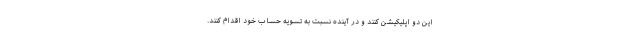
این دو اپلیکیشن کنند و در آینده نسبت به تسویه حساب خود اقدام کنند.